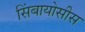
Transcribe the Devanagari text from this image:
सिंबायोसीस